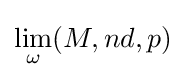
\lim _{\omega }(M,nd,p)